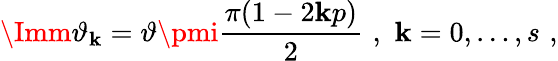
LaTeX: \Imm\vartheta_{\mathbf{k}}=\vartheta\pmi\frac{{\pi(1-2\mathbf{k}p)}}{{2}}\, \, ,\, \, \mathbf{k}=0,\ldots,s\, \, ,